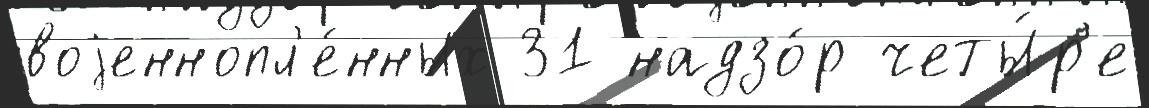
воjеннопл'е́нных 31 надзо́р четы́р'е